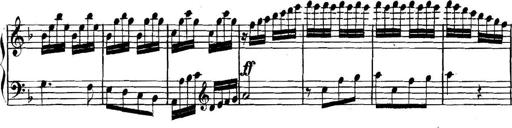
Title: Collected Piano Sonatas
Composer: Muzio Clementi